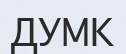
ДУМК